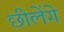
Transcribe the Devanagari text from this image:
छीलेंगे